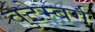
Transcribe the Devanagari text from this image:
वुटेम्बर्ग